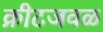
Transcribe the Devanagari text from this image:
क्रीटजवळ